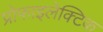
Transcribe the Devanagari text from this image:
प्रोफाइलेक्टिक